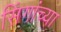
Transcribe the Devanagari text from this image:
सिंगांच्या